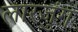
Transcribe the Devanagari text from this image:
लारजुंग